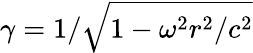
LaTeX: \gamma=1/\sqrt{1-\omega^{2}r^{2}/c^{2}}